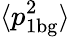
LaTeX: \langle p_{1\mathrm{bg}}^{2}\rangle